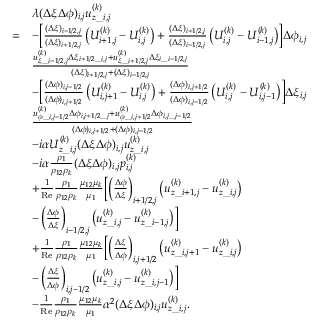
\begin{array} { r l } & { \begin{array} { r l } & { \lambda ( \Delta \xi \Delta \phi ) _ { i , j } u _ { z \_ i , j } ^ { ( k ) } } \\ { = } & { - \biggl [ \frac { ( \Delta \xi ) _ { i - 1 / 2 , j } } { ( \Delta \xi ) _ { i + 1 / 2 , j } } \left( U _ { i + 1 , j } ^ { ( k ) } - U _ { i , j } ^ { ( k ) } \right) + \frac { ( \Delta \xi ) _ { i + 1 / 2 , j } } { ( \Delta \xi ) _ { i - 1 / 2 , j } } \left( U _ { i , j } ^ { ( k ) } - U _ { i - 1 , j } ^ { ( k ) } \right) \biggr ] \Delta \phi _ { i , j } } \\ & { \frac { u _ { \xi \_ i - 1 / 2 , j } ^ { ( k ) } \Delta \xi _ { i + 1 / 2 \_ i , j } + u _ { \xi \_ i + 1 / 2 , j } ^ { ( k ) } \Delta \xi _ { i \_ i - 1 / 2 , j } } { ( \Delta \xi ) _ { i + 1 / 2 , j } + ( \Delta \xi ) _ { i - 1 / 2 , j } } } \\ & { - \biggl [ \frac { ( \Delta \phi ) _ { i , j - 1 / 2 } } { ( \Delta \phi ) _ { i , j + 1 / 2 } } \left( U _ { i , j + 1 } ^ { ( k ) } - U _ { i , j } ^ { ( k ) } \right) + \frac { ( \Delta \phi ) _ { i , j + 1 / 2 } } { ( \Delta \phi ) _ { i , j - 1 / 2 } } \left( U _ { i , j } ^ { ( k ) } - U _ { i , j - 1 } ^ { ( k ) } \right) \biggr ] \Delta \xi _ { i , j } } \\ & { \frac { u _ { \phi \_ i , j - 1 / 2 } ^ { ( k ) } \Delta \phi _ { i , j + 1 / 2 \_ j } + u _ { \phi \_ i , j + 1 / 2 } ^ { ( k ) } \Delta \phi _ { i , j \_ j - 1 / 2 } } { ( \Delta \phi ) _ { i , j + 1 / 2 } + ( \Delta \phi ) _ { i , j - 1 / 2 } } } \\ & { - i \alpha U _ { z \_ i , j } ^ { ( k ) } ( \Delta \xi \Delta \phi ) _ { i , j } u _ { z \_ i , j } ^ { ( k ) } } \\ & { - i \alpha \frac { \rho _ { 1 } } { \rho _ { 1 2 } \rho _ { k } } ( \Delta \xi \Delta \phi ) _ { i , j } p _ { i , j } ^ { ( k ) } } \\ & { + \frac { 1 } { \mathrm { R e } } \frac { \rho _ { 1 } } { \rho _ { 1 2 } \rho _ { k } } \frac { \mu _ { 1 2 } \mu _ { k } } { \mu _ { 1 } } \biggl [ \left( \frac { \Delta \phi } { \Delta \xi } \right) _ { i + 1 / 2 , j } \left( u _ { z \_ { i + 1 , j } } ^ { ( k ) } - u _ { z \_ { i , j } } ^ { ( k ) } \right) } \\ & { - \left( \frac { \Delta \phi } { \Delta \xi } \right) _ { i - 1 / 2 , j } \left( u _ { z \_ { i , j } } ^ { ( k ) } - u _ { z \_ { i - 1 , j } } ^ { ( k ) } \right) \biggr ] } \\ & { + \frac { 1 } { \mathrm { R e } } \frac { \rho _ { 1 } } { \rho _ { 1 2 } \rho _ { k } } \frac { \mu _ { 1 2 } \mu _ { k } } { \mu _ { 1 } } \biggl [ \left( \frac { \Delta \xi } { \Delta \phi } \right) _ { i , j + 1 / 2 } \left( u _ { z \_ { i , j + 1 } } ^ { ( k ) } - u _ { z \_ { i , j } } ^ { ( k ) } \right) } \\ & { - \left( \frac { \Delta \xi } { \Delta \phi } \right) _ { i , j - 1 / 2 } \left( u _ { z \_ { i , j } } ^ { ( k ) } - u _ { z \_ { i , j - 1 } } ^ { ( k ) } \right) \biggr ] } \\ & { - \frac { 1 } { \mathrm { R e } } \frac { \rho _ { 1 } } { \rho _ { 1 2 } \rho _ { k } } \frac { \mu _ { 1 2 } \mu _ { k } } { \mu _ { 1 } } \alpha ^ { 2 } ( \Delta \xi \Delta \phi ) _ { i , j } u _ { z \_ i , j } ^ { ( k ) } . } \end{array} } \end{array}